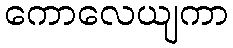
ကောလေယျကာ